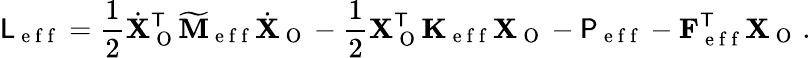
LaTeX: \mathsf{L}_{\mathrm{~e~f~f~}}=\frac{1}{2}\dot{\mathbf{X}}_{\mathrm{~O~}}^{\mathsf{T}}\mathbf{\widetilde{M}}_{\mathrm{~e~f~f~}}\dot{\mathbf{X}}_{\mathrm{~O~}}-\frac{1}{2}\mathbf{X}_{\mathrm{~O~}}^{\mathsf{T}}\mathbf{K}_{\mathrm{~e~f~f~}}\mathbf{X}_{\mathrm{~O~}}-\mathsf{P}_{\mathrm{~e~f~f~}}-\mathbf{F}_{\mathrm{~e~f~f~}}^{\mathsf{T}}\mathbf{X}_{\mathrm{~O~}}\, .